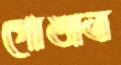
গোঙাত